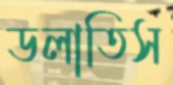
ডলাতিস